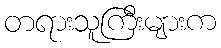
တရားသူကြီးများက